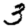
Digit: 3